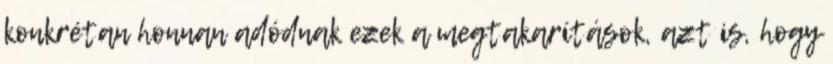
konkrétan honnan adódnak ezek a megtakarítások, azt is, hogy